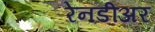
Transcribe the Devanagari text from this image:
रेनडीअर